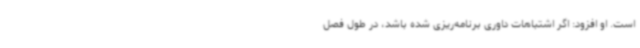
است. او افزود: اگر اشتباهات داوری برنامه‌ریزی شده باشد، در طول فصل